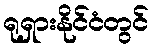
ရုရှားနိုင်ငံတွင်